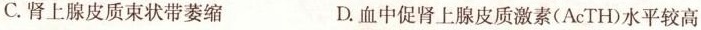
C.肾上腺皮质束状带萎缩 D.血中促肾上腺皮质激素(AcTH)水平较高